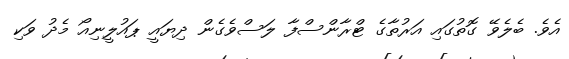
އެވެ. ބެލެވޭ ގޮތުގައި އަރުތާގެ ޓްރާންސްފާ ލަސްވެގެން ދިޔައީ ޕައުލީނިއޯ މެދު ވަކި